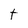
Character: t